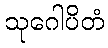
သုဂေါပိတံ